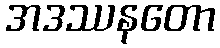
အဒဿနတော